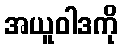
အယူဝါဒကို